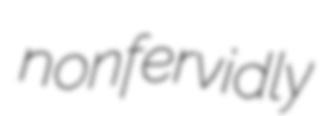
nonfervidly